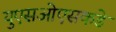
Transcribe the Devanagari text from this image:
युएसओएसकडे